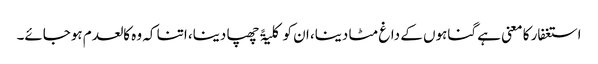
استغفار کا معنی ہے گناہوں کے داغ مٹا دینا، ان کو کلیۃً چھپا دینا، اتنا کہ وہ کالعدم ہوجائے۔